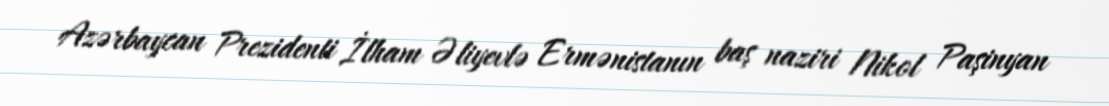
Azərbaycan Prezidenti İlham Əliyevlə Ermənistanın baş naziri Nikol Paşinyan